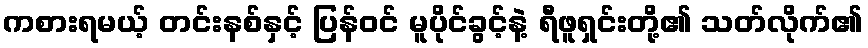
ကစားရမယ့် တင်းနစ်နှင့် ပြန်ဝင် မူပိုင်ခွင့်နဲ့ ရီဖူရှင်းတို့၏ သတ်လိုက်၏